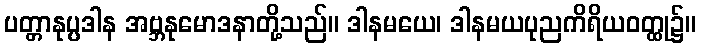
ပတ္တာနုပ္ပဒါန အဗ္ဘနုမောဒနာတို့သည်။ ဒါနမယေ၊ ဒါနမယပုညကိရိယဝတ္ထု၌။